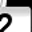
Digit: 2